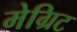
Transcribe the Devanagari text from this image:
मेग्रिट